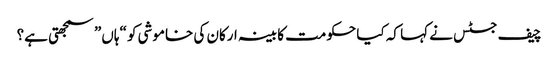
چیف جسٹس نے کہا کہ کیا حکومت کابینہ ارکان کی خاموشی کو “ہاں” سمجھتی ہے؟